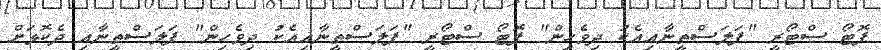
ފޮޓޯ ސްޓޯރީ "ފަލަސްތީނާއިއެކު ދިވެހިން" ފޮޓޯ ސްޓޯރީ "ފަލަސްތީނާއިއެކު ދިވެހިން" ފަލަސްތީނާއި ދެކޮޅަށް